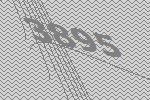
3895